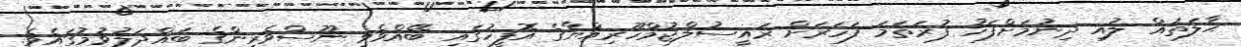
ޙާލަތައް ލުއި ދިނުމަށްފަހު ފުރަތަމަ ފަހަރަށް ރައީސުލްޖުމްހޫރިއްޔާގެ އޮފީހުގައި ބޭއްވެވި ނޫސްވެރިންގެ ބައްދަލުވުމުގައެވެ.